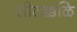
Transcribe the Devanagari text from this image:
सीतक्कळि